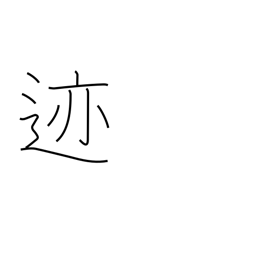
Meaning: impression